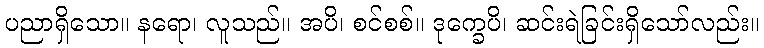
ပညာရှိသော။ နရော၊ လူသည်။ အပိ၊ စင်စစ်။ ဒုက္ခေပိ၊ ဆင်းရဲခြင်းရှိသော်လည်း။